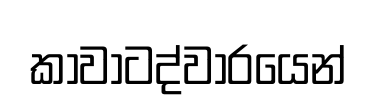
කාවාටද්වාරයෙන්